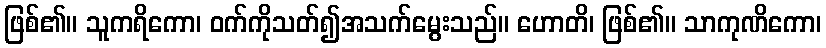
ဖြစ်၏။ သူကရိကော၊ ဝက်ကိုသတ်၍အသက်မွေးသည်။ ဟောတိ၊ ဖြစ်၏။ သာကုဏိကော၊